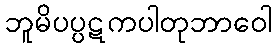
ဘူမိပပ္ပဋကပါတုဘာဝေါ